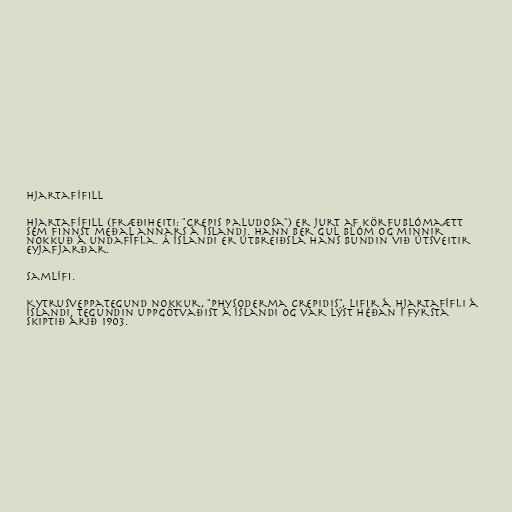
Hjartafífill

Hjartafífill (fræðiheiti: "Crepis paludosa") er jurt af körfublómaætt
sem finnst meðal annars á Íslandi. Hann ber gul blóm og minnir
nokkuð á undafífla. Á Íslandi er útbreiðsla hans bundin við útsveitir
Eyjafjarðar.

Samlífi.

Kytrusveppategund nokkur, "Physoderma crepidis", lifir á hjartafífli á
Íslandi. Tegundin uppgötvaðist á Íslandi og var lýst héðan í fyrsta
skiptið árið 1903.